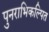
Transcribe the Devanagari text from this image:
पुनराभिकल्पित